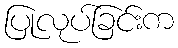
ပြုလုပ်ခြင်းက